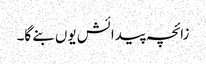
زائچہ پیدائش یوں بنے گا۔